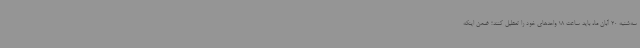
سه‌شنبه 20 آبان ماه باید ساعت 18 واحدهای خود را تعطیل کنند؛ ضمن اینکه